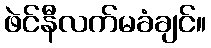
ဖဲင်နီလက်မခံချင်။